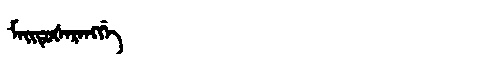
Manchu: ᠮᠠᡳᡨᡠᡧᠠᡵᠠᠩᡤᡝ
Romanization: MAITUŠARANGGE